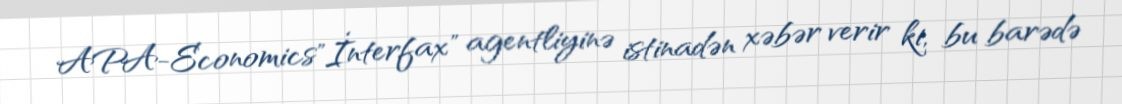
APA-Economics"İnterfax" agentliyinə istinadən xəbər verir ki, bu barədə